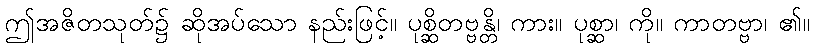
ဤအဇိတသုတ်၌ ဆိုအပ်သော နည်းဖြင့်။ ပုစ္ဆိတဗ္ဗန္တိ၊ ကား။ ပုစ္ဆာ၊ ကို။ ကာတဗ္ဗာ၊ ၏။